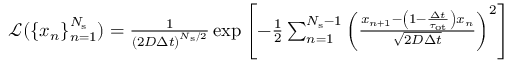
\begin{array} { r } { \mathcal { L } ( \{ x _ { n } \} _ { n = 1 } ^ { N _ { \mathrm { s } } } ) = \frac { 1 } { \left( 2 D \Delta t \right) ^ { N _ { \mathrm { s } } / 2 } } \exp \left[ - \frac { 1 } { 2 } \sum _ { n = 1 } ^ { N _ { \mathrm { s } } - 1 } \left( \frac { x _ { n + 1 } - \left( 1 - \frac { \Delta t } { \tau _ { \mathrm { o t } } } \right) x _ { n } } { \sqrt { 2 D \Delta t } } \right) ^ { 2 } \right] } \end{array}